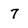
Character: 7